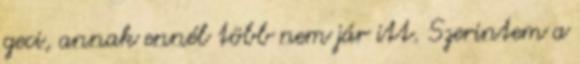
geci, annak ennél több nem jár itt. Szerintem a